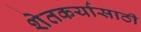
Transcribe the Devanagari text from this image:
शेतकर्यासाठी